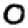
Digit: 0